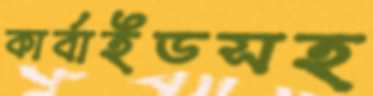
কার্বাইডসহ